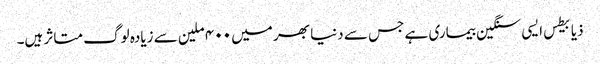
ذیابیطس ایسی سنگین بیماری ہے جس سے دنیا بھر میں ۴۰۰ ملین سے زیادہ لوگ متاثر ہیں۔